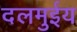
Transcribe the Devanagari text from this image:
दलमुईय